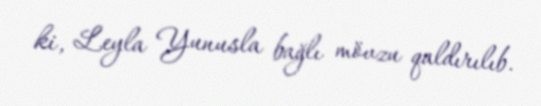
ki, Leyla Yunusla bağlı mövzu qaldırılıb.